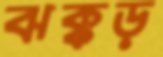
ঝক্কড়